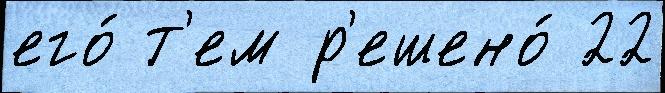
его́ т'ем р'ешено́ 22